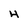
Character: H